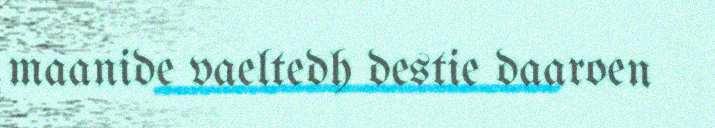
maanide vaeltedh destie daaroen